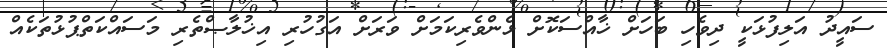
ސައީދު އަލިފުޅަކީ ދިވެހި ބަހަށް ޚާއްސަކޮށް ޅެންވެރިކަމަށް ވަރަށް އަގުހުރި އިޚުލާޞްތެރި މަސައްކަތްޕުޅުތަކެއް